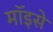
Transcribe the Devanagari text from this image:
मॉइसे